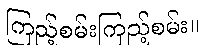
ကြည့်စမ်းကြည့်စမ်း။